Leaving Certificate Examination, 1925
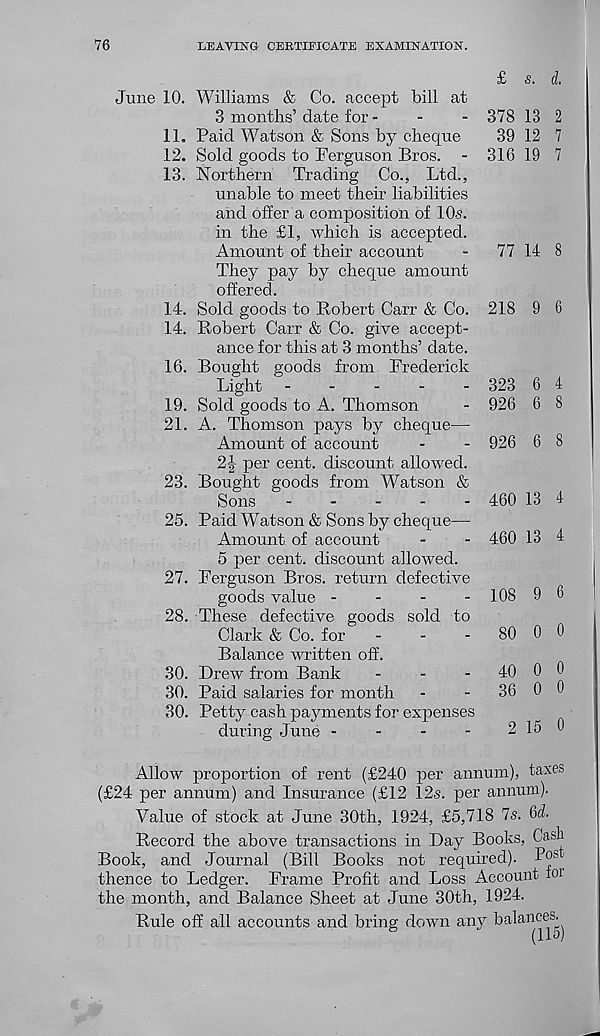
76
LEAVING CERTIFICATE EXAMINATION.
June 10. Williams & Co. accept bill at
3 months’ date for -
-
-
11. Paid Watson & Sons by cheque
12. Sold goods to Ferguson Bros. -
13. Northern Trading Co., Ltd.,
unable to meet then’ liabilities
and offer a composition of 10s.
in the £1, which is accepted.
Amount of their account
They pay by cheque amount
offered.
14. Sold goods to Robert Carr & Co.
14. Robert Carr & Co. give accept-
ance for this at 3 months’ date.
16. Bought goods from Frederick
Light
19. Sold goods to A. Thomson
21. A. Thomson pays by cheque—
Amount of account
2|- per cent, discount allowed.
23. Bought goods from Watson &
Sons
25. Paid Watson & Sons by cheque—
Amount of account
5 per cent, discount allowed.
27. Ferguson Bros, return defective
goods value -
-
-
-
28. These defective goods sold to
Clark & Co. for
-
-
-
Balance written off.
30. Drew from Bank
-
-
-
30. Paid salaries for month
30. Petty cash payments for expenses
during June -
-
-
-
£ s. d.
378 13 2
39 12 7
316 19 7
77 14 8
218 9 6
323 6 4
926 6 8
926 6 8
460 13 4
460 13 4
108 9 6
80 0 0
40 0 0
36 0 0
2 15 0
Allow proportion of rent (£240 per annum), taxes
(£24 per annum) and Insurance (£12 12s. per annum).
Value of stock at June 30th, 1924, £5,718 7s. 6J
Record the above transactions in Day Books, Cash
Book, and Journal (Bill Books not required). IW
thence to Ledger. Frame Profit and Loss Account foi
the month, and Balance Sheet at June 30th, 1924.
Rule off all accounts and bring down any balances^